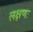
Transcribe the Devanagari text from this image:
लक्षणः